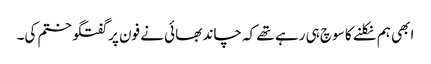
ابھی ہم نکلنے کا سوچ ہی رہے تھے کہ چاند بھائی نے فون پر گفتگو ختم کی۔